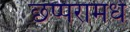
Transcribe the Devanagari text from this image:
छप्परामधे